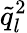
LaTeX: \tilde{q}_{l}^{2}